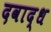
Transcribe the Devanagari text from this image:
दवाद्ध